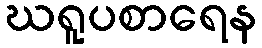
ဃရူပစာရေန